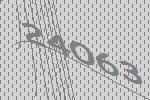
24063